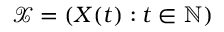
\mathcal { X } = ( X ( t ) : t \in \mathbb { N } )